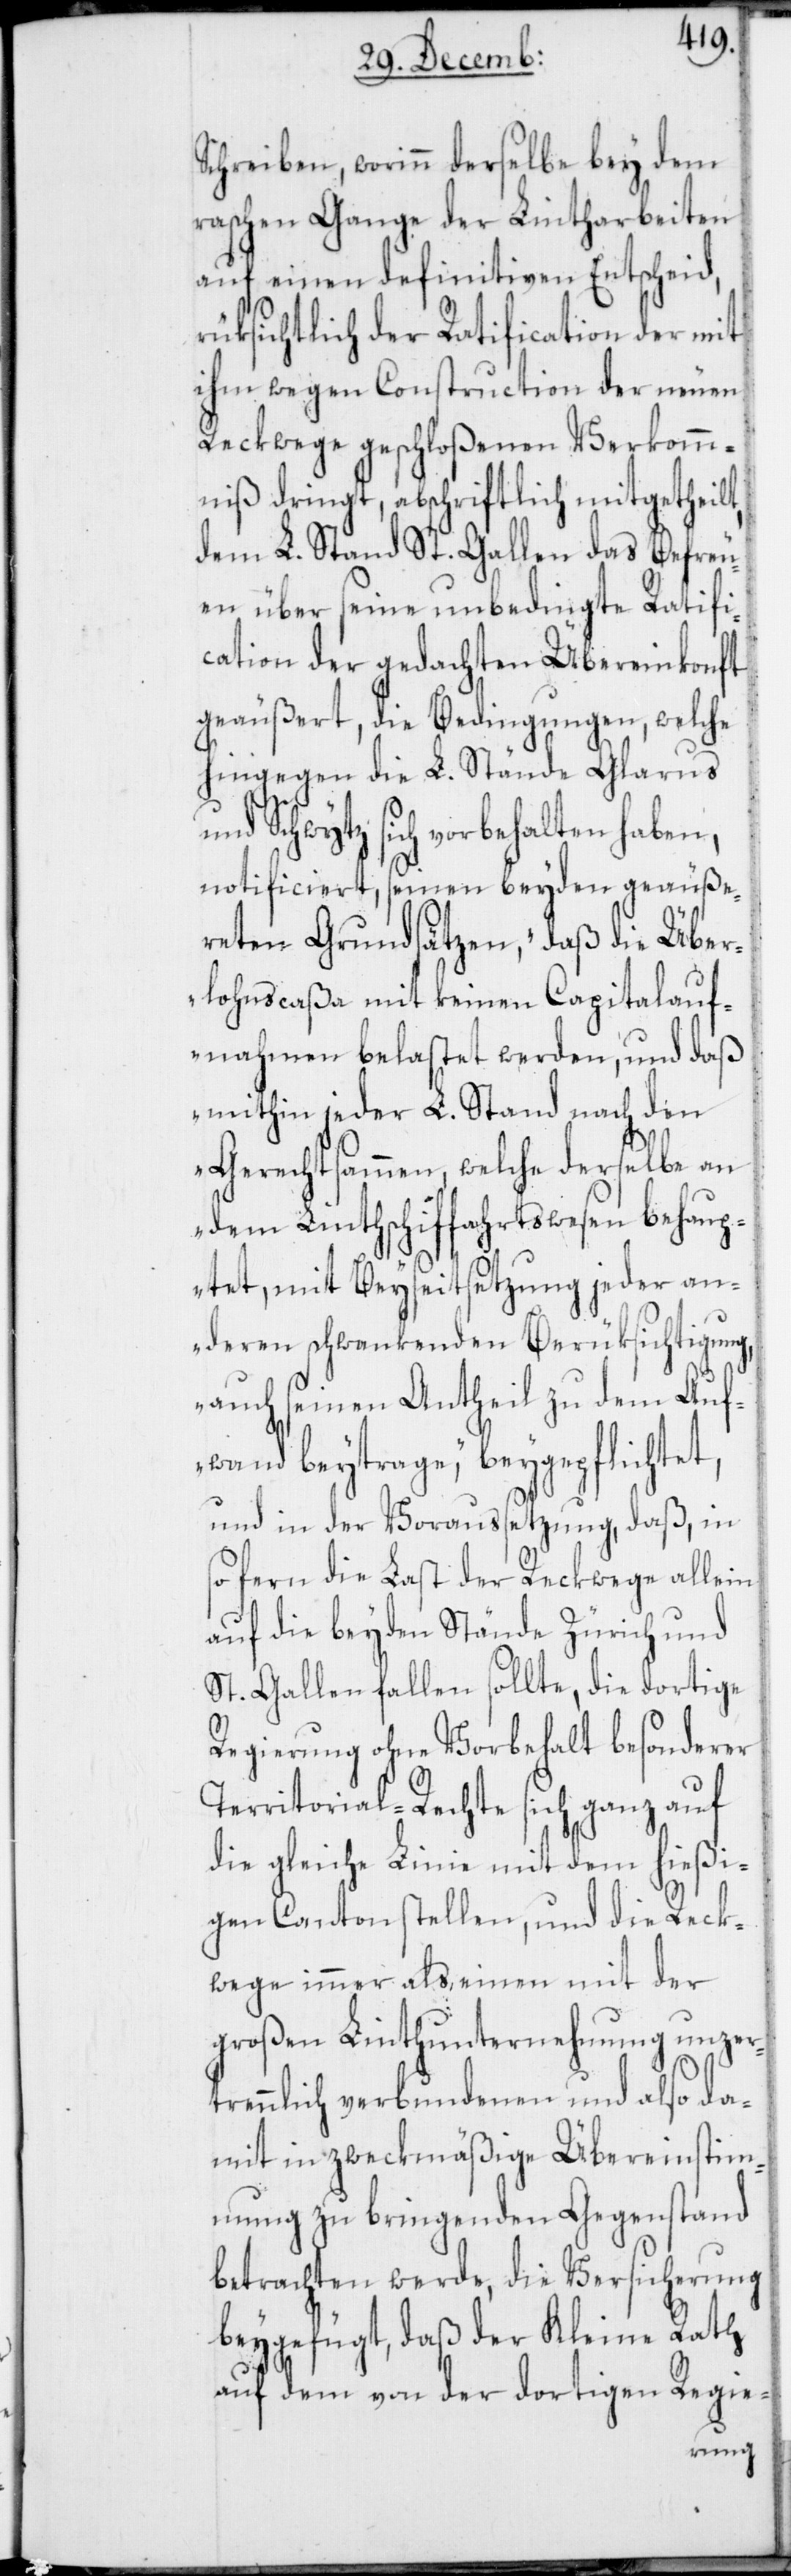
Schreiben, worinn derselbe bey dem
raschen Gange der Lintharbeiten
auf einen definitiven Entscheid,
rüksichtlich der Ratification der mit
ihm wegen Construction der neuen
Reckwege geschloßenen Verkomm¬
niß dringt, abschriftlich mitgetheilt,
dem L. Stand St. Gallen das Befreu¬
en über seine unbedingte Ratifi¬
cation der gedachten Übereinkonft
geäußert, die Bedingungen, welche
hingegen die L. Stände Glarus
und Schwytz sich vorbehalten haben,
notificiert, seinen beyden geäuße¬
reten Grundsätzen, „daß die Über¬
lohnscaßa mit keinen Capitalauf¬
nahmen belastet werden, und daß
mithin jeder L. Stand nach den
Gerechtsammen, welche derselbe an
dem Linthschiffahrtswesen behaup¬
tet, mit Beyseitsetzung jeder an¬
deren schwankenden Berüksichtigung,
auch seinen Antheil zu dem Auf¬
wand beytrage“, beygepflichtet,
und in der Voraussetzung, daß, in
so fern die Last der Reckwege allein
auf die beyden Stände Zürich und
St. Gallen fallen sollte, die dortige
Regierung ohne Vorbehalt besonderer
Territorial-Rechte sich ganz auf
die gleiche Linie mit dem hießi¬
gen Canton stellen, und die Reck¬
wege immer als einen mit der
großen Linthunternehmung unzer¬
trennlich verbundenen und also da¬
mit in zweckmäßige Übereinstim¬
mung zu bringenden Gegenstand
betrachten werde, die Versicherung
beygefügt, daß der Kleine Rath
auf dem von der dortigen Regie-